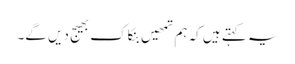
یہ کہتے ہیں کہ ہم تمھیں بنکاک بھیج دیں گے۔